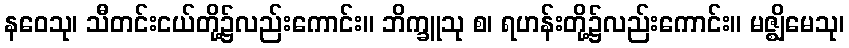
နဝေသု၊ သီတင်းငယ်တို့၌လည်းကောင်း။ ဘိက္ခူသု စ၊ ရဟန်းတို့၌လည်းကောင်း။ မဇ္ဈိမေသု၊